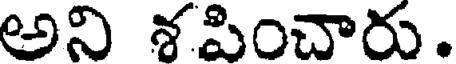
అని శపించారు.